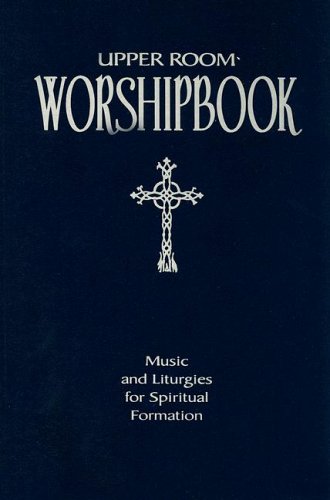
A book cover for Upper Room Worshipbook: Music and Liturgies for Spiritual Formation, Revised Edition; Elise S. Eslinger; Christian Books & Bibles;